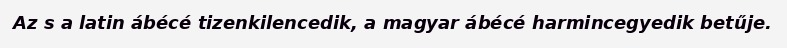
Az s a latin ábécé tizenkilencedik, a magyar ábécé harmincegyedik betűje.